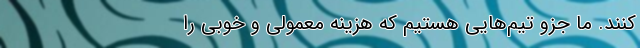
‌‌‌‌‌‌‌‌‌‌‌‌کنند. ما جزو تیم‌هایی هستیم که هزینه معمولی و خوبی را